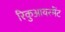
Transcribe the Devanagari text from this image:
रिकुआयरमेंट